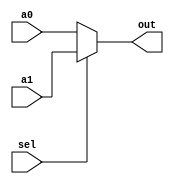
module mux_2 #(parameter bits = 1) (
    a0,
    a1,
    out,
    sel
);
    input [bits - 1 : 0] a0, a1;
    input sel;

    output [bits - 1 : 0] out;

    assign out =    sel == 1'b0 ? a0 :
                    sel == 1'b1 ? a1 :
                    10'bZ;    

endmodule